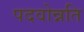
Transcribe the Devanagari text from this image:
पदवोन्नति